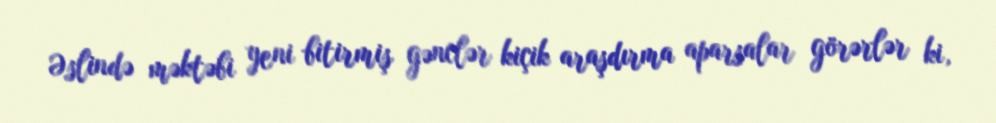
Əslində məktəbi yeni bitirmiş gənclər kiçik araşdırma aparsalar görərlər ki,